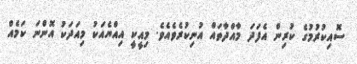
ސޮއިކުރުމުގެ ކުރިން އެފަދަ މާއްދާތައް އުނިކުރެވެއެވެ. މިއީކީ އިއްޔެއަކު މިއަދަކު އޮންނަ ކަމެއް